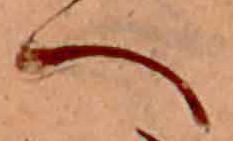
へ